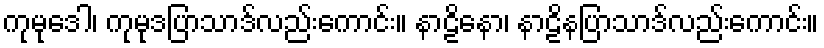
ကုမုဒေါ၊ ကုမုဒပြာသာဒ်လည်းကောင်း။ နာဠိနော၊ နာဠိနပြာသာဒ်လည်းကောင်း။